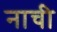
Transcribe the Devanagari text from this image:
नाची